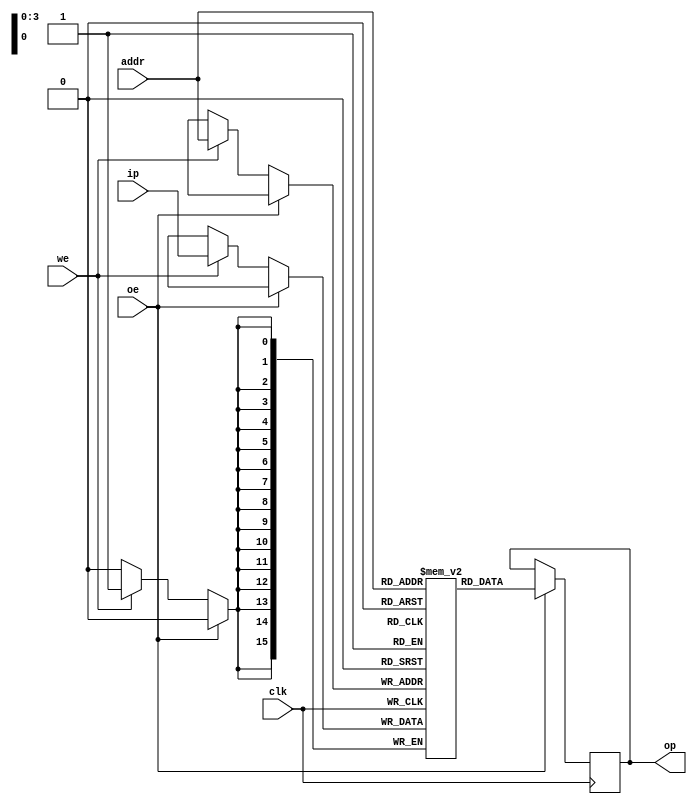
module memb (output reg [15:0] op, input [15:0] ip, input [3:0] addr, input we, oe,clk);
reg [15:0] mem [15:0];
always @ (posedge clk)
begin
if(oe==1'b1)
op=mem[addr];
else if(we==1'b1)
mem[addr]=ip;
end 
endmodule